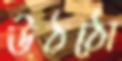
উঠঠো